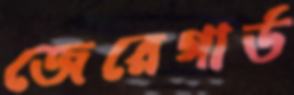
জেরেগার্ড